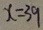
x = 3 9